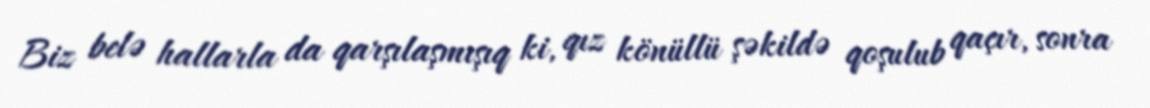
Biz belə hallarla da qarşılaşmışıq ki, qız könüllü şəkildə qoşulub qaçır, sonra